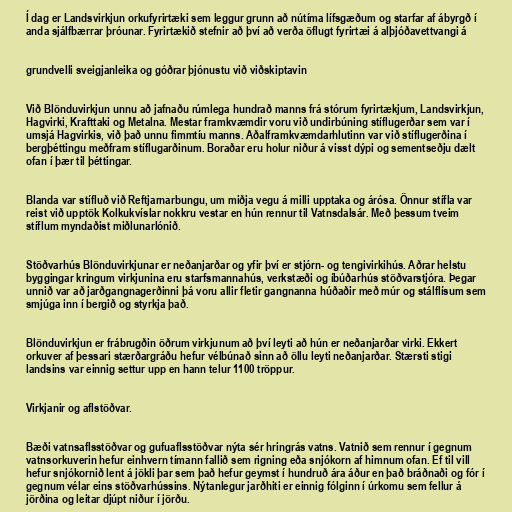
Í dag er Landsvirkjun orkufyrirtæki sem leggur grunn að nútíma lífsgæðum og starfar af ábyrgð í
anda sjálfbærrar þróunar. Fyrirtækið stefnir að því að verða öflugt fyrirtæi á alþjóðavettvangi á

grundvelli sveigjanleika og góðrar þjónustu við viðskiptavin

Við Blönduvirkjun unnu að jafnaðu rúmlega hundrað manns frá stórum fyrirtækjum, Landsvirkjun,
Hagvirki, Krafttaki og Metalna. Mestar framkvæmdir voru við undirbúning stíflugerðar sem var í
umsjá Hagvirkis, við það unnu fimmtíu manns. Aðalframkvæmdarhlutinn var við stíflugerðina í
bergþéttingu meðfram stíflugarðinum. Boraðar eru holur niður á visst dýpi og sementseðju dælt
ofan í þær til þéttingar.

Blanda var stífluð við Reftjarnarbungu, um miðja vegu á milli upptaka og árósa. Önnur stífla var
reist við upptök Kolkukvíslar nokkru vestar en hún rennur til Vatnsdalsár. Með þessum tveim
stíflum myndaðist miðlunarlónið.

Stöðvarhús Blönduvirkjunar er neðanjarðar og yfir því er stjórn- og tengivirkihús. Aðrar helstu
byggingar kringum virkjunina eru starfsmannahús, verkstæði og íbúðarhús stöðvarstjóra. Þegar
unnið var að jarðgangnagerðinni þá voru allir fletir gangnanna húðaðir með múr og stálflísum sem
smjúga inn í bergið og styrkja það.

Blönduvirkjun er frábrugðin öðrum virkjunum að því leyti að hún er neðanjarðar virki. Ekkert
orkuver af þessari stærðargráðu hefur vélbúnað sinn að öllu leyti neðanjarðar. Stærsti stigi
landsins var einnig settur upp en hann telur 1100 tröppur.

Virkjanir og aflstöðvar.

Bæði vatnsaflsstöðvar og gufuaflsstöðvar nýta sér hringrás vatns. Vatnið sem rennur í gegnum
vatnsorkuverin hefur einhvern tímann fallið sem rigning eða snjókorn af himnum ofan. Ef til vill
hefur snjókornið lent á jökli þar sem það hefur geymst í hundruð ára áður en það bráðnaði og fór í
gegnum vélar eins stöðvarhússins. Nýtanlegur jarðhiti er einnig fólginn í úrkomu sem fellur á
jörðina og leitar djúpt niður í jörðu.